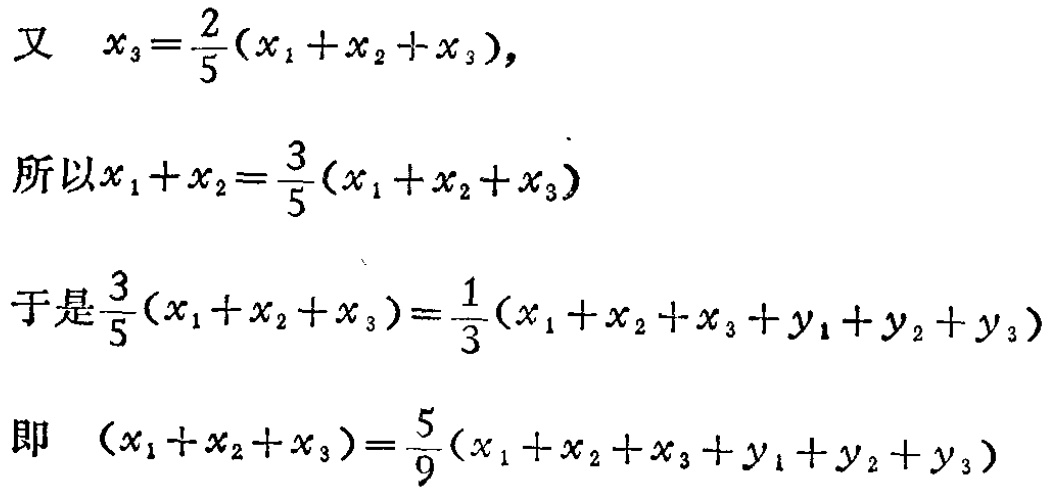
\[

\begin{align*}

\text{又}\quad x_{3}&=\frac{2}{5}(x_{1}+x_{2}+x_{3}),\\

\text{所以}x_{1}+x_{2}&=\frac{3}{5}(x_{1}+x_{2}+x_{3})\\

\text{于是}\frac{3}{5}(x_{1}+x_{2}+x_{3})&=\frac{1}{3}(x_{1}+x_{2}+x_{3}+y_{1}+y_{2}+y_{3})\\

\text{即}\quad (x_{1}+x_{2}+x_{3})&=\frac{5}{9}(x_{1}+x_{2}+x_{3}+y_{1}+y_{2}+y_{3})

\end{align*}

\]